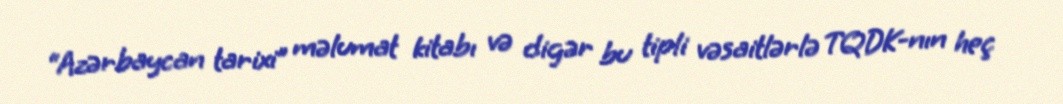
“Azərbaycan tarixi” məlumat kitabı və digər bu tipli vəsaitlərlə TQDK-nın heç